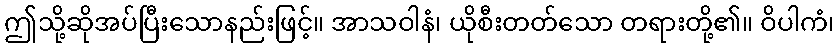
ဤသို့ဆိုအပ်ပြီးသောနည်းဖြင့်။ အာသဝါနံ၊ ယိုစီးတတ်သော တရားတို့၏။ ဝိပါကံ၊